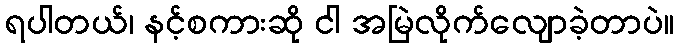
ရပါတယ်၊ နင့်စကားဆို ငါ အမြဲလိုက်လျောခဲ့တာပဲ။